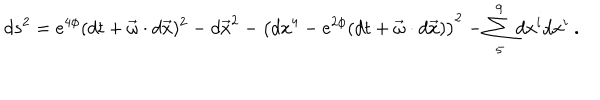
LaTeX: d s ^ { 2 } = e ^ { 4 \phi } ( d t + \vec { \omega } \cdot d \vec { x } ) ^ { 2 } - d \vec { x } ^ { 2 } - \left( d x ^ { 4 } - e ^ { 2 \phi } ( d t + \vec { \omega } \cdot d \vec { x } ) \right) ^ { 2 } - \sum _ { 5 } ^ { 9 } d x ^ { i } d x ^ { i } \ .